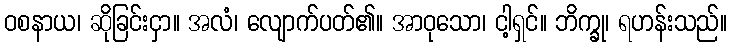
ဝစနာယ၊ ဆိုခြင်းငှာ။ အလံ၊ လျောက်ပတ်၏။ အာဝုသော၊ ငါ့ရှင်။ ဘိက္ခု၊ ရဟန်းသည်။